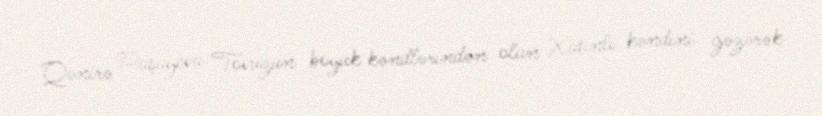
Qənirə Paşayeva Tovuzun böyük kəndlərindən olan Xatınlı kəndini gəzərək